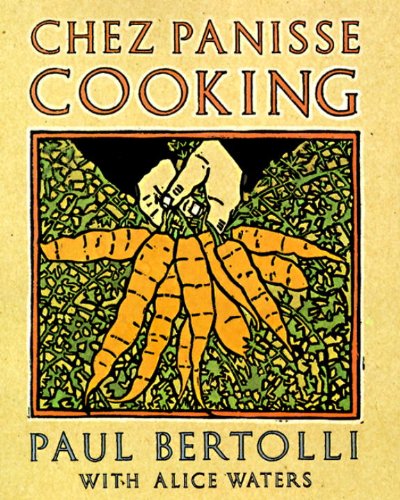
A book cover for Chez Panisse Cooking; Paul Bertolli; Cookbooks, Food & Wine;